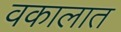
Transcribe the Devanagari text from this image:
वकालात